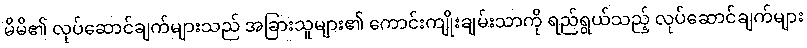
မိမိ၏ လုပ်ဆောင်ချက်များသည် အခြားသူများ၏ ကောင်းကျိုးချမ်းသာကို ရည်ရွယ်သည့် လုပ်ဆောင်ချက်များ